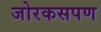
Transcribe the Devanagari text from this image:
जोरकसपण